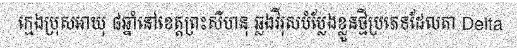
ក្មេងប្រុសអាយុ ៨ឆ្នាំនៅខេត្តព្រះសីហនុ ឆ្លងវីរុសបំប្លែងខ្លួនថ្មីប្រភេទដែលតា Delta